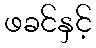
ဖခင်နှင့်